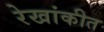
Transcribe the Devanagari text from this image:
रेखांकीत